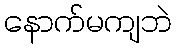
နောက်မကျဘဲ